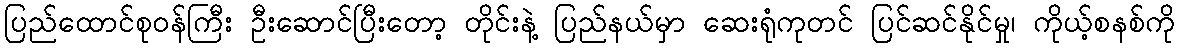
ပြည်ထောင်စုဝန်ကြီး ဦးဆောင်ပြီးတော့ တိုင်းနဲ့ ပြည်နယ်မှာ ဆေးရုံကုတင် ပြင်ဆင်နိုင်မှု၊ ကိုယ့်စနစ်ကို